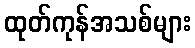
ထုတ်ကုန်အသစ်များ